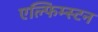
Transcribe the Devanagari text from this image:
एल्फिम्स्टन